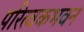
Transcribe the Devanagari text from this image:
परित्वकभवन